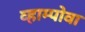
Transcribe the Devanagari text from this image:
व्हाम्पोवा